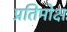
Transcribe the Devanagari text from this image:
प्रतिमोक्ष